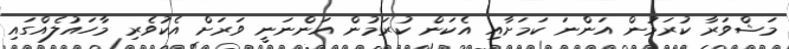
މަޝްވަރާ ކުރަމުން އަންނަ ކަމަށާއި އެކަން ކުރަމުން އަންނަނީ ވަރަށް އެކުވެރި މާހައުލެއްގައި